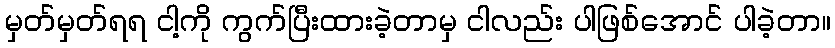
မှတ်မှတ်ရရ ငါ့ကို ကွက်ပြီးထားခဲ့တာမှ ငါလည်း ပါဖြစ်အောင် ပါခဲ့တာ။